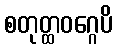
စတုတ္ထဝဂ္ဂေပိ